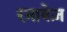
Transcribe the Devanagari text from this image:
रनावेज़